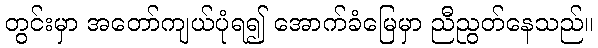
တွင်းမှာ အတော်ကျယ်ပုံရ၍ အောက်ခံမြေမှာ ညီညွတ်နေသည်။